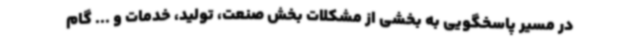
در مسیر پاسخگویی به بخشی از مشکلات بخش صنعت، تولید، خدمات و ... گام